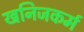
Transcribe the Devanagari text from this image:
खनिजकर्म